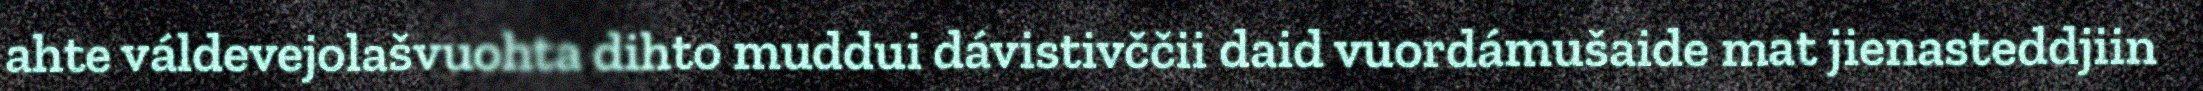
ahte váldevejolašvuohta dihto muddui dávistivččii daid vuordámušaide mat jienasteddjiin